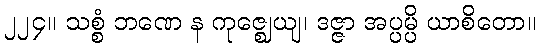
၂၂၄။ သစ္စံ ဘဏေ န ကုဇ္ဈေယျ၊ ဒဇ္ဇာ အပ္ပမ္ပိ ယာစိတော။